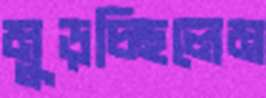
মুড়চ্ছিলেম